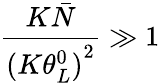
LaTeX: \frac{{K\bar{N}}}{(K{{\theta_{L}^{0})}^{2}}}\gg 1